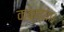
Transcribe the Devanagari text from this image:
कक्ष्या।